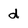
Character: d